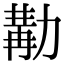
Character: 𠢉